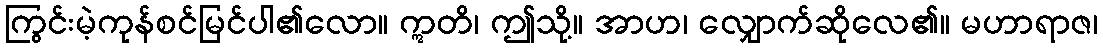
ကြွင်းမဲ့ကုန်စင်မြင်ပါ၏လော။ ဣတိ၊ ဤသို့။ အာဟ၊ လျှောက်ဆိုလေ၏။ မဟာရာဇ၊